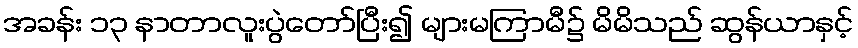
အခန်း ၁၃ နာတာလူးပွဲတော်ပြီး၍ များမကြာမီ၌ မိမိသည် ဆွန်ယာနှင့်